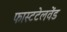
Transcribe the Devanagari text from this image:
फास्टटेलवेंड